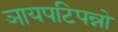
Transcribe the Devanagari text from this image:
ञायपटिपन्नो